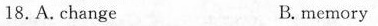
18, A. change B, memory